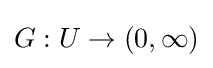
G:U\rightarrow (0,\infty )